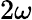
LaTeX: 2\omega